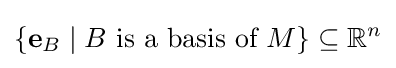
\{\mathbf {e} _{B}\mid B{\text{ is a basis of }}M\}\subseteq \mathbb {R} ^{n}